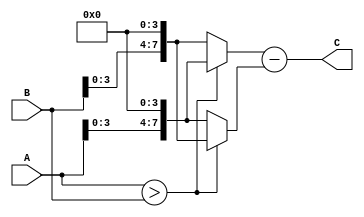
module fixed_point_subtractor #(
    parameter n = 8, // size of fixed-point inputs and output
    parameter m = 4 // number of fractional bits
)(
    input [n-1:0] A, // input fixed-point number A
    input [n-1:0] B, // input fixed-point number B
    output reg [n-1:0] C // output fixed-point number C
);

reg [n-1:0] A_aligned, B_aligned;
reg sign;
reg overflow, underflow;

always @(*) begin
    if (A > B) begin
        A_aligned = {A, {m{1'b0}}}; // align decimal points of A and B
        B_aligned = {B, {m{1'b0}}};
    end else begin
        A_aligned = {B, {m{1'b0}}};
        B_aligned = {A, {m{1'b0}}};
    end
    
    {sign, overflow, underflow, C} = A_aligned - B_aligned;
end

endmodule